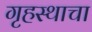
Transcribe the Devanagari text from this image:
गृहस्थाचा